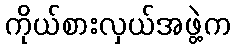
ကိုယ်စားလှယ်အဖွဲ့က